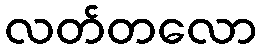
လတ်တလော